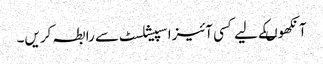
آنکھوںکے لیے کسی آئیزاسپیشلسٹ سے رابطہ کریں۔